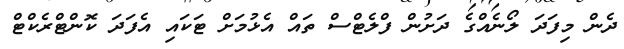
ދެން މިފަދަ ލޯނެއްގެ ދަށުން ފްލެޓްސް ތައް އެޅުމަށް ޓަކައި އެފަދަ ކޮންޓްރެކްޓް